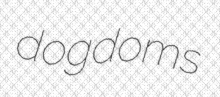
dogdoms